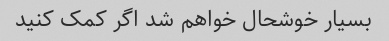
بسیار خوشحال خواهم شد اگر کمک کنید